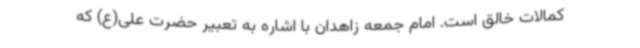
کمالات خالق است. امام جمعه زاهدان با اشاره به تعبیر حضرت علی(ع) که